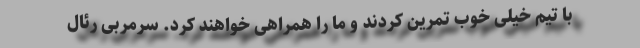
با تیم خیلی خوب تمرین کردند و ما را همراهی خواهند کرد. سرمربی رئال